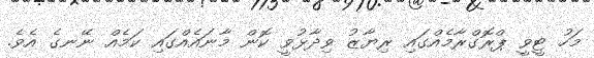
މަހު ޓީވީ ޕްރޮގްރާމެއްގައި ރިޔާޒު ވިދާޅުވީ ކޮން މާނައެއްގައި ކަމެއް ނޭނގެ އެވެ.